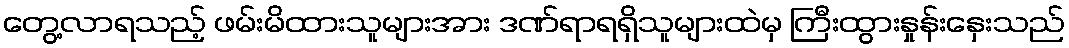
တွေ့လာရသည့် ဖမ်းမိထားသူများအား ဒဏ်ရာရရှိသူများထဲမှ ကြီးထွားနှုန်းနှေးသည်